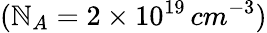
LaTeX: (\mathbb{N}_{A}=2\times10^{19}\, cm^{-3})